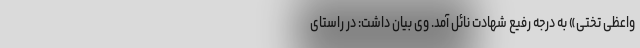
واعظی تختی» به درجه رفیع شهادت نائل آمد. وی بیان داشت: در راستای